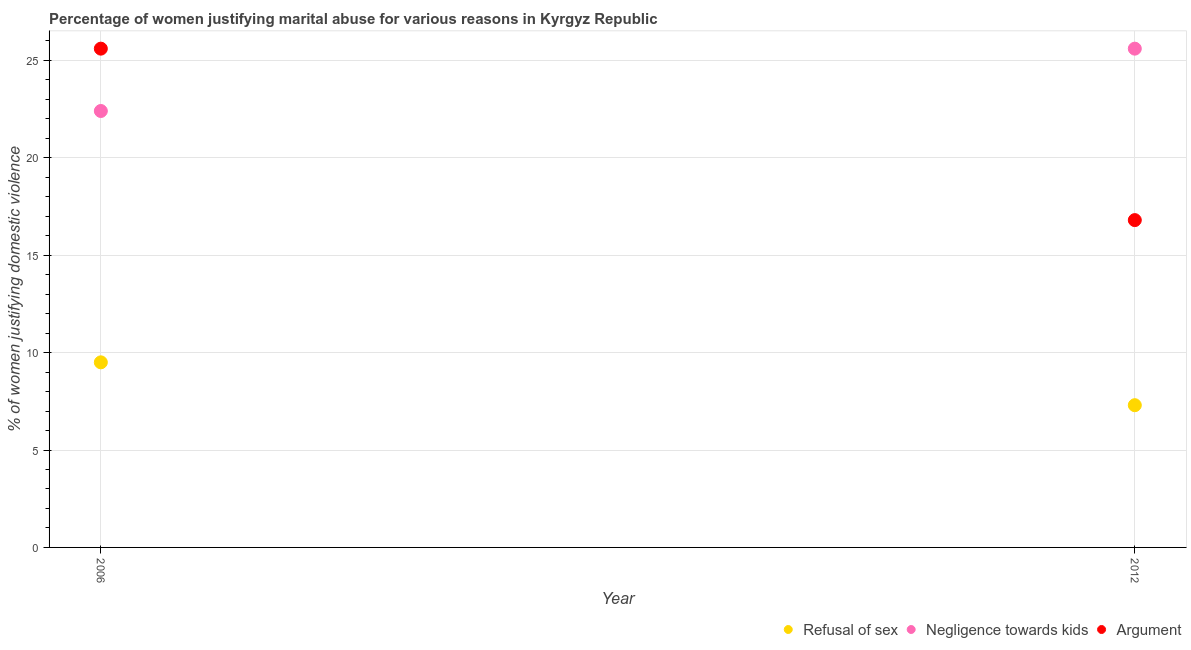
| Year | Refusal of sex | Negligence towards kids | Argument |
 | --- | --- | --- | --- |
 | 2006 | 9.5 | 22.4 | 25.6 |
 | 2012 | 7.3 | 25.6 | 16.8 |